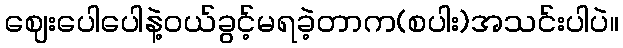
ဈေးပေါပေါနဲ့ဝယ်ခွင့်မရခဲ့တာက(စပါး)အသင်းပါပဲ။